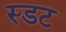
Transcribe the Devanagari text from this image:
स्डट